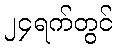
၂၄ရက်တွင်